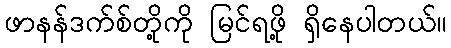
ဖာနန်ဒက်စ်တို့ကို မြင်ရဖို့ ရှိနေပါတယ်။